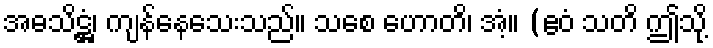
အဓသိဋ္ဌံ၊ ကျန်နေသေးသည်။ သစေ ဟောတိ၊ အံ့။ (ဧဝံ သတိ ဤသို့